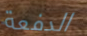
الدفعة